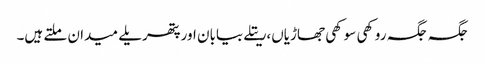
جگہ جگہ روکھی سوکھی جھاڑیاں،ریتلے بیابان اور پتھریلے میدان ملتے ہیں۔